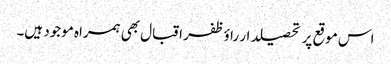
اس موقع پر تحصیلدار راؤظفر اقبال بھی ہمراہ موجود ہیں۔